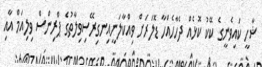
ޝާހީ ކައިވެނީގެ ކޭކު ކޮޅެއް ދެހާހެއްހާ ޑޮލަރަށް ވިއްކާލަނީއިނގިރޭސިވިލާތުގެ ޕްރިންސް ވިލިއަމް އާއި